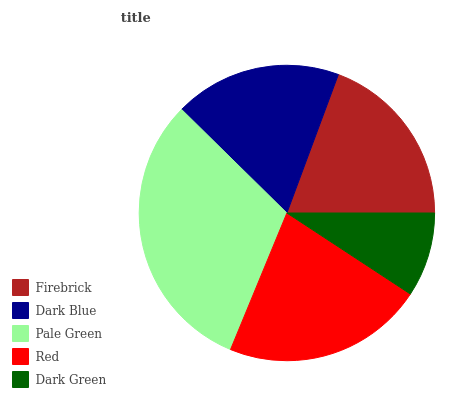
| Firebrick | Dark Blue | Pale Green | Red | Dark Green |
 | --- | --- | --- | --- | --- |
 | 19.4% | 18.3% | 31.2% | 21.9% | 9.24% |